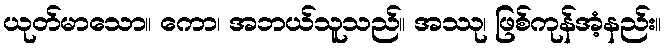
ယုတ်မာသော။ ကော၊ အဘယ်သူသည်။ အဿု၊ ဖြစ်ကုန်အံ့နည်း။